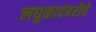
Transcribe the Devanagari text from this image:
लघुकादंबरीचे